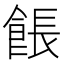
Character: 餦